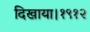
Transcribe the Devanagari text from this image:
दिखाया।१९१२